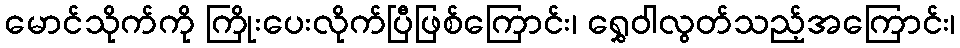
မောင်သိုက်ကို ကြိုးပေးလိုက်ပြီဖြစ်ကြောင်း၊ ရွှေဝါလွတ်သည့်အကြောင်း၊